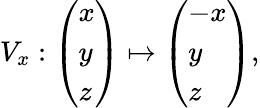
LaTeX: V_{x}:{\left(\begin{array}{l}{x}\\ {y}\\ {z}\end{array}\right)}\mapsto{\left(\begin{array}{l}{-x}\\ {y}\\ {z}\end{array}\right)},